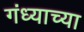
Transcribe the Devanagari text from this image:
गंध्याच्या